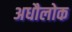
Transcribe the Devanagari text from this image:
अधौलोक